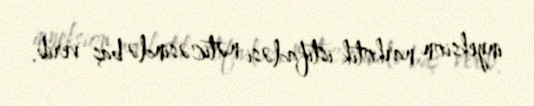
inyeksion narkotik istifadəsi nəticəsində baş verib.